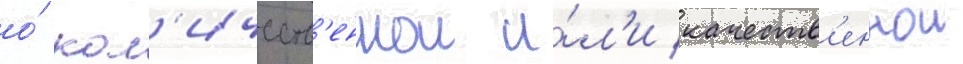
о́ кол'ичеств'еннои и́л'и качеств'еннои